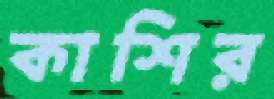
কাশির